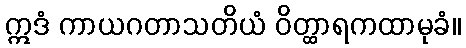
ဣဒံ ကာယဂတာသတိယံ ဝိတ္ထာရကထာမုခံ။